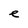
Character: e